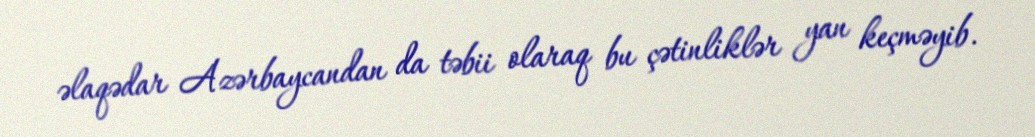
əlaqədar Azərbaycandan da təbii olaraq bu çətinliklər yan keçməyib.